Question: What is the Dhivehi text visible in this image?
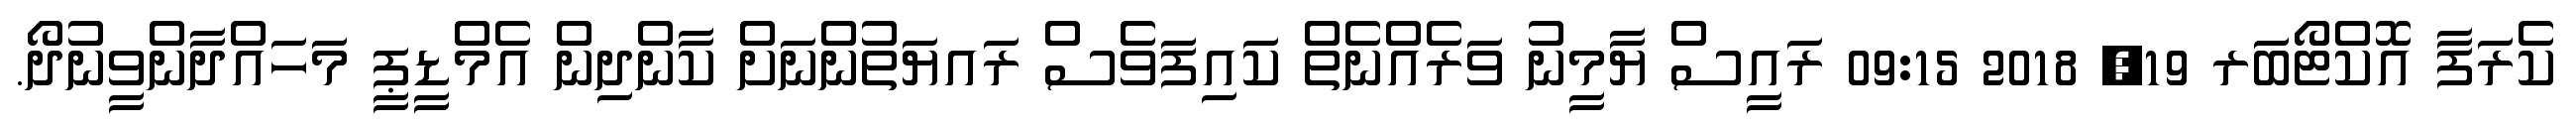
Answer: ކެރަފާ އޮކްޓޯބަރ 19, 2018 09:15 ރައީސް ޔާމީނު ވަރެއްނެތް ކައިފަވެސް ރައޔަތުންނަށް ކާންދިން އެމްޑީޕީ މަހައްދާންވީނުދޯ.